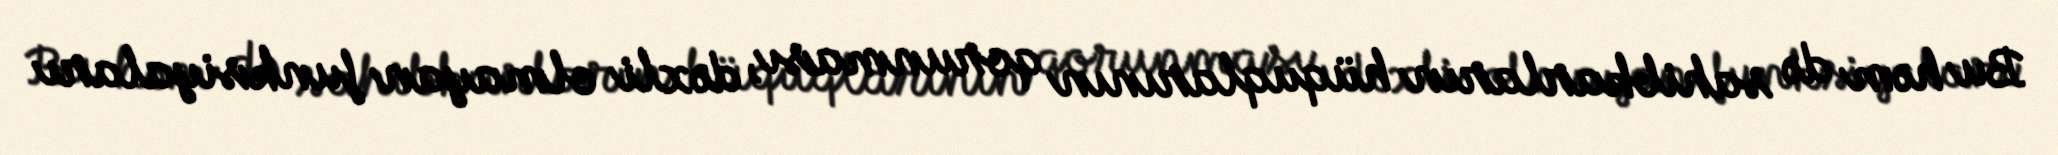
Bu həm də sahibkarların hüquqlarının qorunması, dəxli olmayan funksiyaları